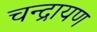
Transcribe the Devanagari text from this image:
चन्द्रायण